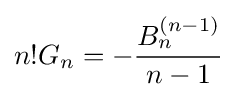
n!G_{n}=-{\frac {B_{n}^{(n-1)}}{n-1}}